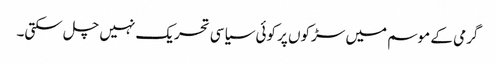
گرمی کے موسم میں سڑکوں پر کوئی سیاسی تحریک نہیں چل سکتی۔